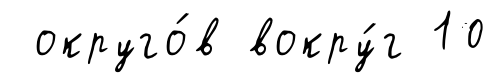
округо́в вокру́г 10